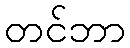
တင်ဘာ